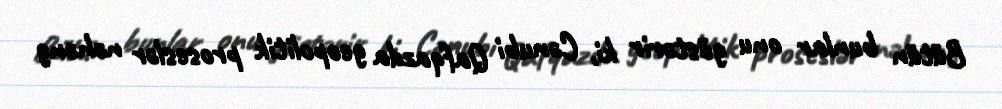
Bütün bunlar onu göstərir ki, Cənubi Qafqazda geopolitik proseslər nəhəng